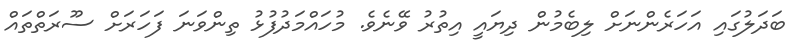
ބަދަލުގައި އަހަރެންނަށް ލިބެމުން ދިޔައީ އިތުރު ވޭނެވެ. މުހައްމަދުފުޅު ތިންވަނަ ފަހަރަށް ސޫރަތްތައް